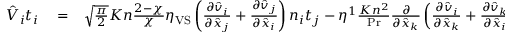
\begin{array} { r l r } { \hat { V } _ { i } t _ { i } } & { { } = } & { \sqrt { \frac { \pi } { 2 } } K n \frac { 2 - \chi } { \chi } \eta _ { \mathrm { V S } } \left( \frac { \partial \hat { v } _ { i } } { \partial \hat { x } _ { j } } + \frac { \partial \hat { v } _ { j } } { \partial \hat { x } _ { i } } \right) n _ { i } t _ { j } - \eta ^ { 1 } \frac { K n ^ { 2 } } { \operatorname* { P r } } \frac { \partial } { \partial \hat { x } _ { k } } \left( \frac { \partial \hat { v } _ { i } } { \partial \hat { x } _ { k } } + \frac { \partial \hat { v } _ { k } } { \partial \hat { x } _ { i } } \right) t _ { i } } \end{array}